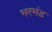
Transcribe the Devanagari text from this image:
भरभंड